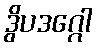
ဒွိပဒဂ္ဂေါ